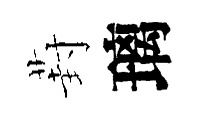
葑璃